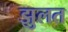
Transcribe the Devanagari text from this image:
झुलत